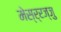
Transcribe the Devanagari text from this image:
मेस्र्रज्जु